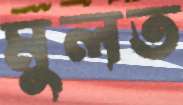
মুলত